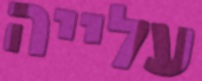
עלייה